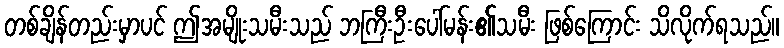
တစ်ချိန်တည်းမှာပင် ဤအမျိုးသမီးသည် ဘကြီးဦးပေါ်မန်း၏သမီး ဖြစ်ကြောင်း သိလိုက်ရသည်။